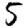
Digit: 5